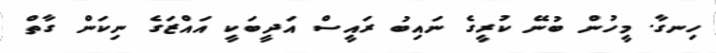
ހިނގާ. މީހުން ބުނޭ ކުރީގެ ނައިބު ރައީސް އަދީބަކީ އައްޒަގެ ނިކަން ގާތް